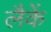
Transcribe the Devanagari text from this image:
लैकें